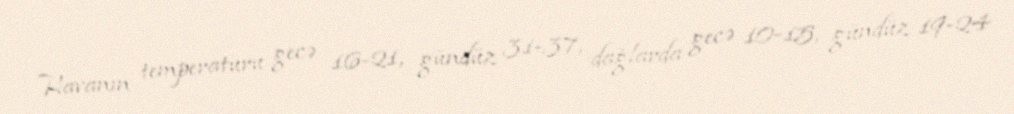
Havanın temperaturu gecə 16-21, gündüz 31-37, dağlarda gecə 10-15, gündüz 19-24